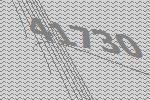
41730